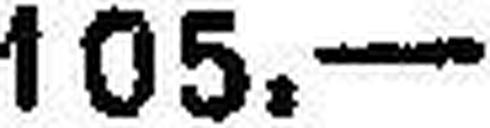
105.—